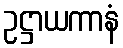
ဥဋ္ဌာယကာနံ